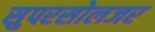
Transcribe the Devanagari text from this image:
सुपरसोलजर